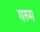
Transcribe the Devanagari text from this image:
गरुम